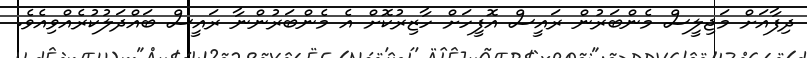
ދިފާއަށް މަޖިލީސް މެންބަރުން ރައީސް އޮފީހަށް ހާޒިރުކޮށް އެ މެންބަރުންނާ ރައީސް ބައްދަލުކުރެއްވިއެވެ.